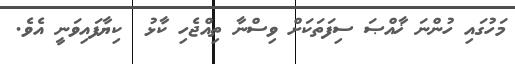
މަހުގައި ހުންނަ ޚާއްޞަ ސިފަތަކަށް ވިސްނާ ތިއްޖެހި ކާޅު  ކިޔާފައިވަނީ އެވެ.